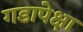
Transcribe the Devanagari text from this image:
गडापेक्षा